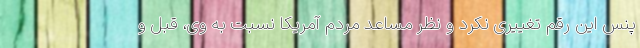
پنس این رقم تغییری نکرد و نظر مساعد مردم آمریکا نسبت به وی، قبل و